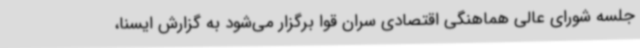
جلسه شورای عالی هماهنگی اقتصادی سران قوا برگزار می‌شود به گزارش ایسنا،